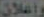
وإعلان